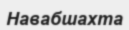
Навабшахта